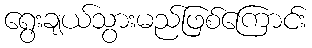
ရွေးချယ်သွားမည်ဖြစ်ကြောင်း